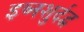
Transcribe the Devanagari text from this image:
इब्नशुर्दद्व